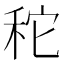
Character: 𥞒